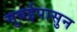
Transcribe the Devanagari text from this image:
मुबईपासुन